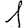
Digit: 1